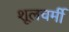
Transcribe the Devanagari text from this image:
शूलचर्मी